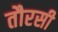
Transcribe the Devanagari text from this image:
तौरसी